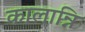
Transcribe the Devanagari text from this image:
कालान्नि